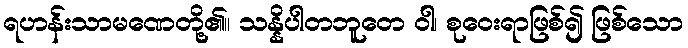
ရဟန်းသာမဏေတို့၏။ သန္နိပါတဘူတေ ဝါ၊ စုဝေးရာဖြစ်၍ ဖြစ်သော